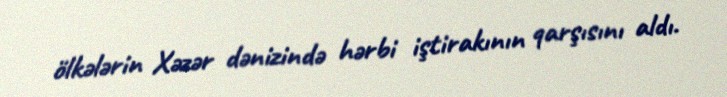
ölkələrin Xəzər dənizində hərbi iştirakının qarşısını aldı.